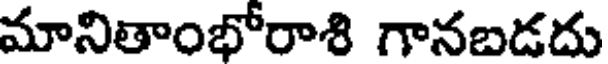
మానితాంభోరాశి గానబడదు